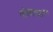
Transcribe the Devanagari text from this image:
गोलार्घो